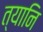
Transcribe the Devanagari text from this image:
त्यानि